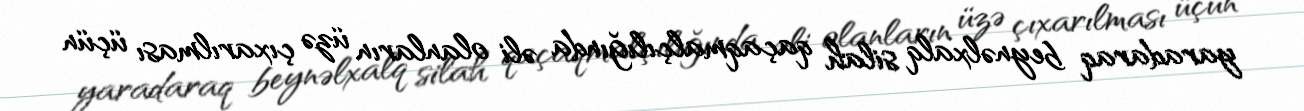
yaradaraq beynəlxalq silah qaçaqmalçılığında əli olanların üzə çıxarılması üçün